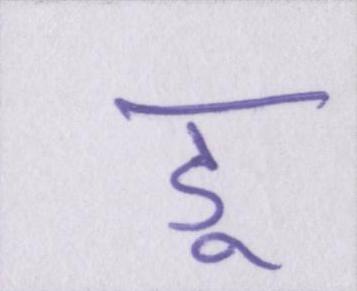
डू